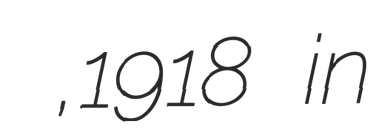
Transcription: معتضد باهری,1918 in